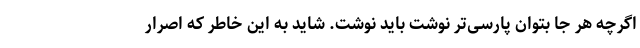
اگرچه هر جا بتوان پارسی‌تر نوشت باید نوشت. شاید به این خاطر که اصرار